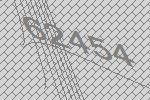
62454